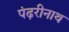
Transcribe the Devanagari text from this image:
पंढ़रीनाथ